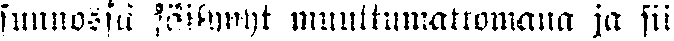
sunnossa säilynyt muuttumattomana ja sii-